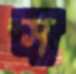
স